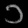
Digit: ၁